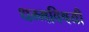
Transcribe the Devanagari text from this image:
धम्मविषयी